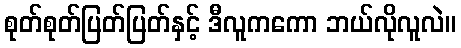
စုတ်စုတ်ပြတ်ပြတ်နှင့် ဒီလူကကော ဘယ်လိုလူလဲ။